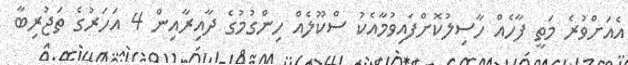
އެއަށްވުރެ މަތީ ފާހެއް ހާސިލުކޮށްފައިވުމާއެކު ސްކޫލެއް ހިންގުމުގެ ދާއިރާއިން 4 އަހަރުގެ ތަޖުރިބާ